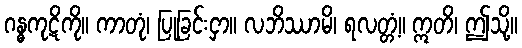
ဂန္ဓကုဋိကို။ ကာတုံ၊ ပြုခြင်းငှာ။ လဘိဿာမိ၊ ရလတ္တံ့။ ဣတိ၊ ဤသို့။